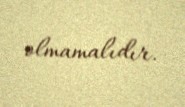
olmamalıdır.